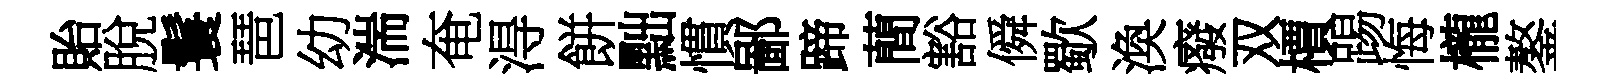
貽脫鬟琶幼湍奄淂餅黜慣鄙蹄蕳豁僢歜渙癈双檟踢悔櫳鏊